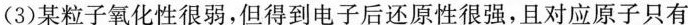
(3)某粒子氧化性很弱，但得到电子后还原性很强，且对应原子只有